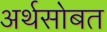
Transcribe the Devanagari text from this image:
अर्थसोबत